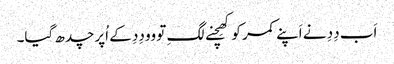
اَب دِدِ نے اَپنے کمر کو کھِچنے لگِ تو وو دِدِ کے اُپر چدھ گیا۔